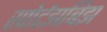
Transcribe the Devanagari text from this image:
स्पोर्टझबिझ